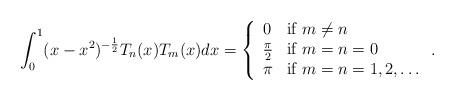
LaTeX: \begin{align*}\int_{0}^{1}(x-x^{2})^{-\frac{1}{2}}T_{n}(x)T_{m}(x)dx=\left\{\begin{array}{ll} 0& \mbox{if } m\neq n \\\frac{\pi}{2} & \mbox{if } m=n=0\\\pi & \mbox{if } m=n=1,2,\dots\end{array}\right..\end{align*}